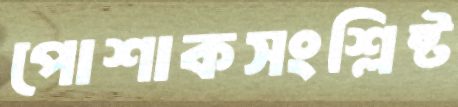
পোশাকসংশ্লিষ্ট